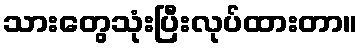
သားတွေသုံးပြီးလုပ်ထားတာ။